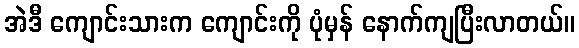
အဲဒီ ကျောင်းသားက ကျောင်းကို ပုံမှန် နောက်ကျပြီးလာတယ်။